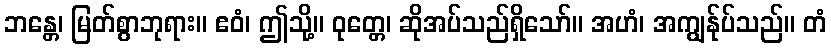
ဘန္တေ၊ မြတ်စွာဘုရား။ ဧဝံ၊ ဤသို့။ ဝုတ္တေ၊ ဆိုအပ်သည်ရှိသော်။ အဟံ၊ အကျွန်ုပ်သည်။ တံ